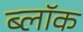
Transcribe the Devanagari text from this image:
ब्लाॅक